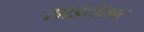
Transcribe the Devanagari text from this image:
साइटोसार